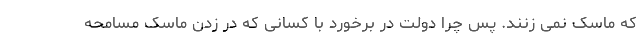
که ماسک نمی زنند. پس چرا دولت در برخورد با کسانی که در زدن ماسک مسامحه